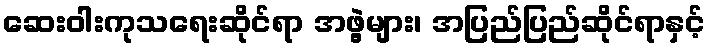
ဆေးဝါးကုသရေးဆိုင်ရာ အဖွဲ့များ၊ အပြည်ပြည်ဆိုင်ရာနှင့်